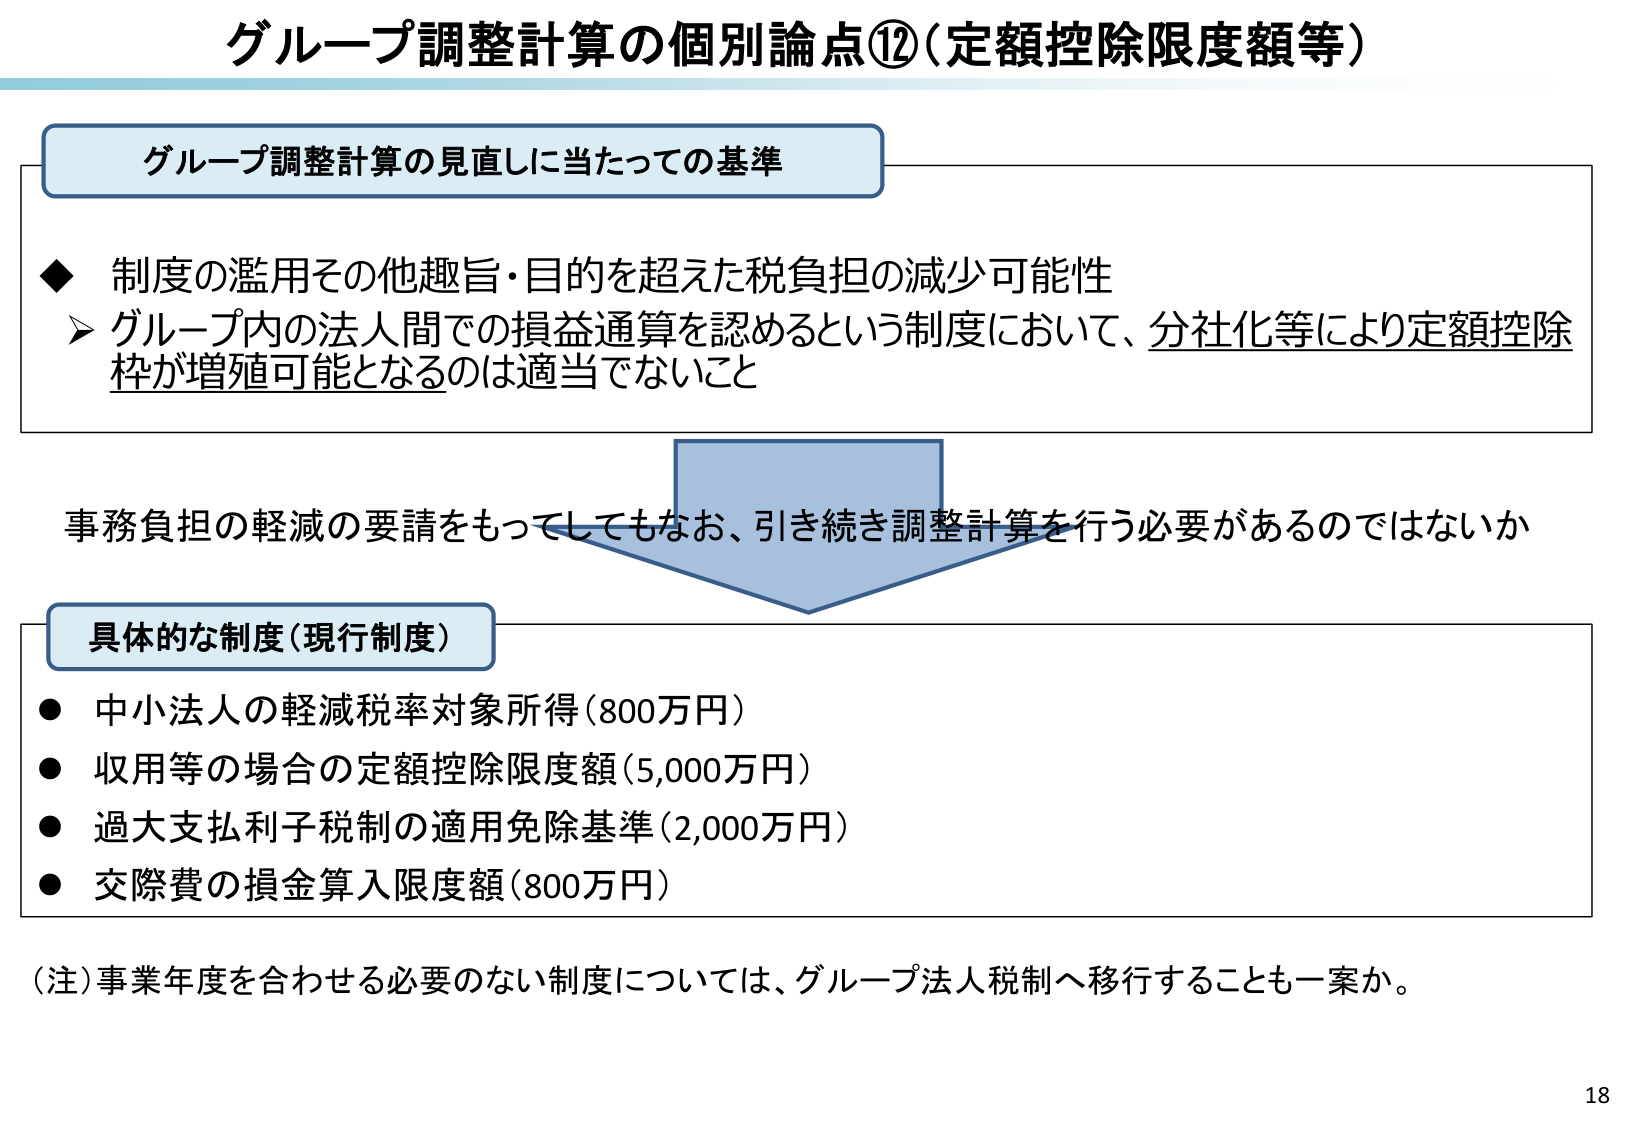
グループ調整計算の個別論点⑫（定額控除限度額等）

グループ調整計算の見直しに当たっての基準

◆ 制度の濫用その他趣旨・目的を超えた税負担の減少可能性
　➤ グループ内の法人間での損益通算を認めるという制度において、分社化等により定額控除枠が増殖可能となるのは適当でないこと

事務負担の軽減の要請をもってしてもなお、引き続き調整計算を行う必要があるのではないか

具体的な制度（現行制度）

● 中小法人の軽減税率対象所得（800万円）
● 収用等の場合の定額控除限度額（5,000万円）
● 過大支払利子税制の適用免除基準（2,000万円）
● 交際費の損金算入限度額（800万円）

（注）事業年度を合わせる必要のない制度については、グループ法人税制へ移行することも一案か。

18